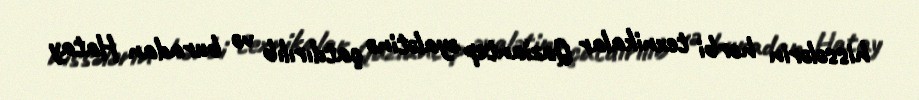
hissələrin hərbi texnikalar Qaziantep əyalətinə çatdırılıb və buradan Hatay